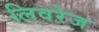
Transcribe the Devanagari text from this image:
लिवरेज